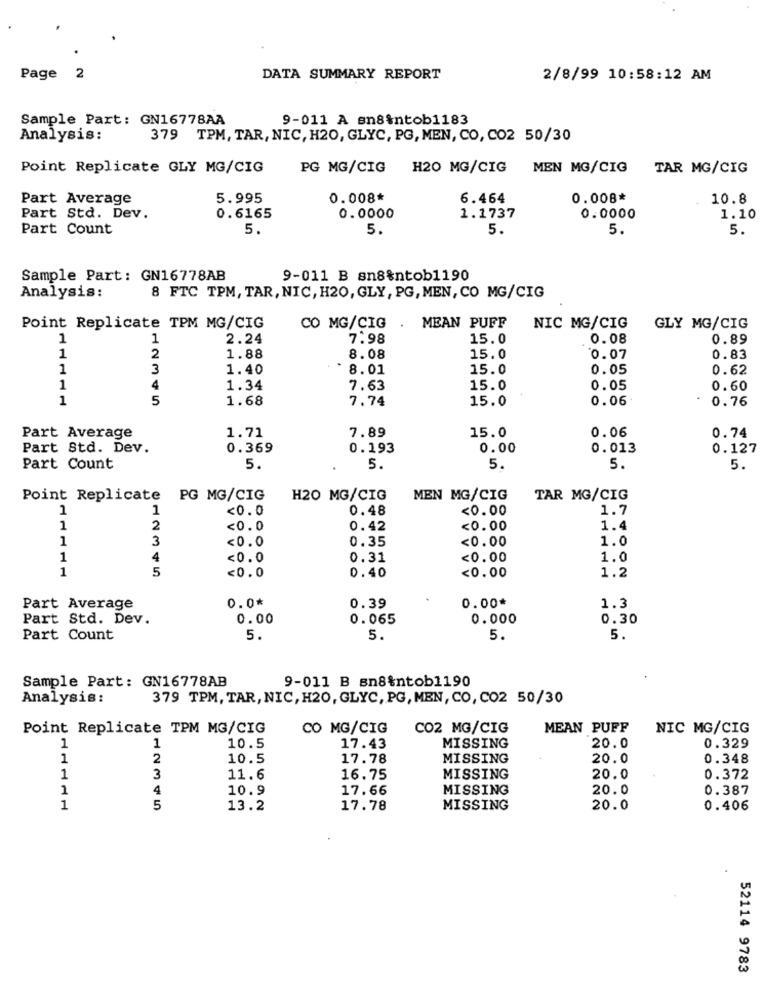
Page
DATA SUMMARY REPORT
2/8/99 10:58:12 AM
Sample Part: GN16778AA
9-011 A sn8%ntob1183
Analysis:
379 TPM, TAR, NIC, H20, GLYC, PG, MEN, CO, CO2 50/30
Point Replicate GLY MG/CIG
PG MG/CIG H20 MG/CIG MEN MG/CIG
TAR MG/CIG
Part Average
5.995
0.008*
6.464
0.008*
10.8
Part Std. Dev.
0.6165
0.0000
1.1737
0.0000
1.10
Part Count
5.
5.
5.
5.
5.
Sample Part: GN16778AB
9-011 B sn8%ntob1190
Analysis:
8 FTC TPM, TAR, NIC, H20, GLY, PG, MEN, CO MG/CIG
Point Replicate TPM MG/CIG
CO MG/CIG .
MEAN PUFF
NIC MG/CIG
GLY MG/CIG
1
1
2.24
7.98
15.0
0.08
0.89
1
2
1.88
8.08
15.0
0.07
0.83
1
3
1.40
8.01
15.0
0.05
0.62
1
4
1.34
7.63
15.0
0.05
0.60
1
5
1.68
7.74
15.0
0.06.
0.76
Part Average
1.71
7.89
15.0
0.06
0.74
Part Std. Dev.
0.369
0.193
0.00
0.013
0.127
Part Count
5.
5.
5.
5.
5.
Point Replicate PG MG/CIG
H20 MG/CIG
MEN MG/CIG
TAR MG/CIG
1
1
<0.0
0.48
<0.00
1.7
1
2
<0.0
0.42
<0.00
1.4
1
3
<0.0
0.35
<0.00
1.0
1
4
<0.0
0.31
<0.00
1.0
1
5
<0.0
0.40
<0.00
1.2
0.0*
0.00*
1.3
Part Average
0.39
Part Std. Dev.
0.00
0.065
0.000
0.30
Part Count
5.
5.
5.
5.
9-011 B sn8%ntob1190
Sample Part: GN16778AB
Analysis:
379 TPM, TAR, NIC, H20, GLYC, PG, MEN, CO, CO2 50/30
Point Replicate TPM MG/CIG
CO MG/CIG
CO2 MG/CIG
MEAN PUFF
NIC MG/CIG
MISSING
20.0
1
1
10.5
17.43
0.329
1
2
10.5
17.78
MISSING
20.0
0.348
1
3
11.6
16.75
MISSING
20.0
0.372
1
4
10.9
17.66
MISSING
20.0
0.387
1
5
13.2
17.78
MISSING
20.0
0.406
52114 9783